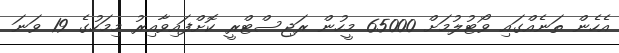
އެހެން ތަނެއްގައި ވޯޓުލުމަށް 65000 މީހުން ރަޖިސްޓްރީ ކޮށްފައިވާއިރު މިމަހުގެ 19 ވަނަ